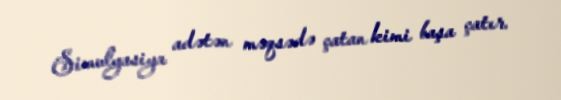
Simulyasiya adətən məqsədə çatan kimi başa çatır.